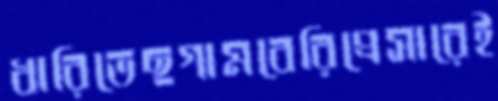
ধারিতেছগামবেরিপ্রেসারেই